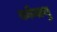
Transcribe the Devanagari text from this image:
कोमाथु